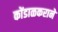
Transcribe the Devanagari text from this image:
कोंडाळकराने